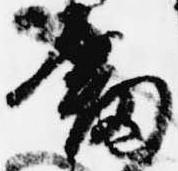
剣